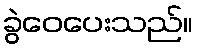
ခွဲဝေပေးသည်။